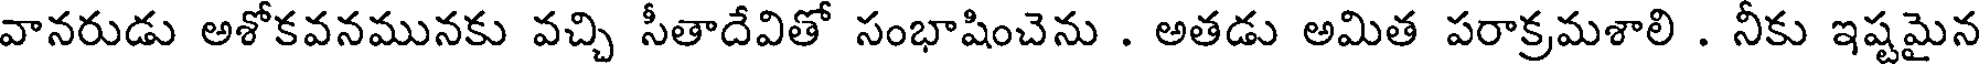
వానరుడు అశోకవనమునకు వచ్చి సీతాదేవితో సంభాషించెను . అతడు అమిత పరాక్రమశాలి . నీకు ఇష్టమైన